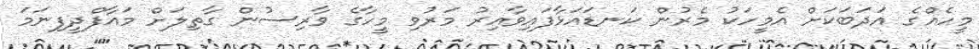
މީހެއްގެ އަދަބަކަށް އެމީހަކު މެރުން ކަނޑައަޅާފައިވާއިރު މަރުވި މީހާގެ ވާރިސުން ގާތިލަށް މައާފްދީފިނަމަ